Vaccination report Assam 1896-1927 - 1896-1927
Year: 1896
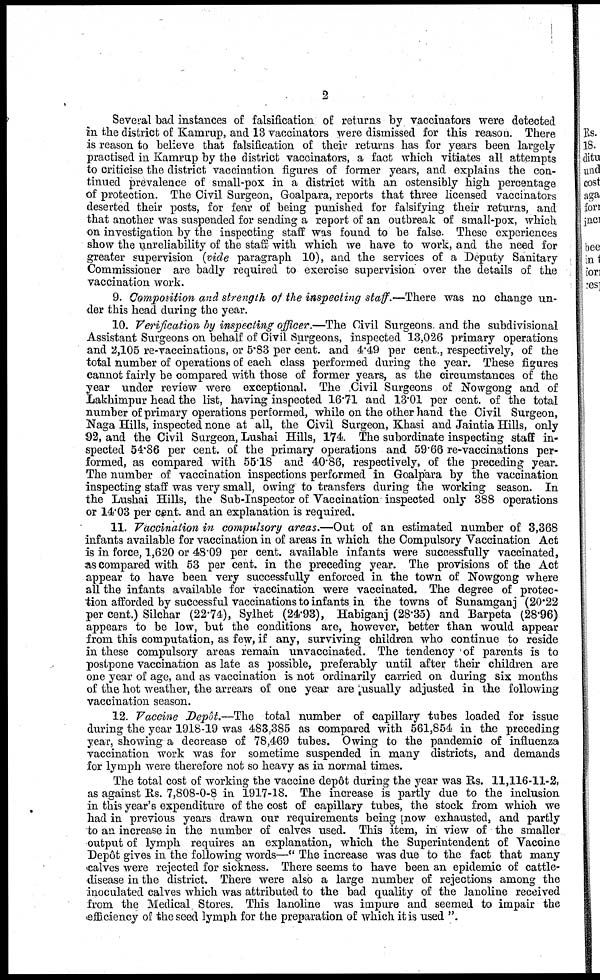
2
Several bad instances of falsification of returns by vaccinators were detected
in the district of Kamrup, and 13 vaccinators were dismissed for this reason. There
is reason to believe that falsification of their returns has for years been largely
practised in Kamrup by the district vaccinators, a fact which vitiates all attempts
to criticise the district vaccination figures of former years, and explains the con-
tinued prevalence of small-pox in a district with an ostensibly high percentage
of protection. The Civil Surgeon, Goalpara, reports that three licensed vaccinators
deserted their posts, for fear of being punished for falsifying their returns, and
that another was suspended for sending a report of an outbreak of small-pox, which
on investigation by the inspecting staff was found to be false. These experiences
show the unreliability of the staff with which we have to work, and the need for
greater supervision (vide paragraph 10), and the services of a Deputy Sanitary
Commissioner are badly required to exercise supervision over the details of the
vaccination work.
9. Composition and strength of the inspecting staff.—There was no change un-
der this head during the year.
10. Verification by inspecting officer.—The Civil Surgeons and the subdivisional
Assistant Surgeons on behalf of Civil Surgeons, inspected 13,026 primary operations
and 2,105 re-vaccinations, or 5.83 per cent. and 4.49 per cent., respectively, of the
total number of operations of each class performed during the year. These figures
cannot fairly be compared with those of former years, as the circumstances of the
year under review were exceptional. The Civil Surgeons of Nowgong and of
Lakhimpur head the list, having inspected 16.71 and 13.01 per cent. of the total
number of primary operations performed, while on the other hand the Civil Surgeon,
Naga Hills, inspected none at all, the Civil Surgeon, Khasi and Jaintia Hills, only
92, and the Civil Surgeon, Lushai Hills, 174. The subordinate inspecting staff in-
spected 54.86 per cent. of the primary operations and 59.66 re-vaccinations per-
formed, as compared with 55.18 and 40.86, respectively, of the preceding year.
The number of vaccination inspections performed in Goalpara by the vaccination
inspecting staff was very small, owing to transfers during the working season. In
the Lushai Hills, the Sub-Inspector of Vaccination inspected only 388 operations
or 14.03 per cent. and an explanation is required.
11. Vaccination in compulsory areas.—Out of an estimated number of 3,368
infants available for vaccination in of areas in which the Compulsory Vaccination Act
is in force, 1,620 or 48.09 per cent. available infants were successfully vaccinated,
as compared with 53 per cent. in the preceding year. The provisions of the Act
appear to have been very successfully enforced in the town of Nowgong where
all the infants available for vaccination were vaccinated. The degree of protec-
tion afforded by successful vaccinations to infants in the towns of Sunamganj (20.22
per cent.) Silchar (22.74), Sylhet (24.93), Habiganj (28.35) and Barpeta (28.96)
appears to be low, but the conditions are, however, better than would appear
from this computation, as few, if any, surviving children who continue to reside
in these compulsory areas remain unvaccinated. The tendency of parents is to
postpone vaccination as late as possible, preferably until after their children are
one year of age, and as vaccination is not ordinarily carried on during six months
of the hot weather, the arrears of one year are usually adjusted in the following
vaccination season.
12. Vaccine Depôt.—The total number of capillary tubes loaded for issue
during the year 1918-19 was 483,385 as compared with 561,854 in the preceding
year, showing a decrease of 78,469 tubes. Owing to the pandemic of influenza
vaccination work was for sometime suspended in many districts, and demands
for lymph were therefore not so heavy as in normal times.
The total cost of working the vaccine depôt during the year was Rs. 11,116-11-2,
as against Rs. 7,808-0-8 in 1917-18. The increase is partly due to the inclusion
in this year's expenditure of the cost of capillary tubes, the stock from which we
had in previous years drawn our requirements being now exhausted, and partly
to an increase in the number of calves used. This item, in view of the smaller
output of lymph requires an explanation, which the Superintendent of Vaccine
Depôt gives in the following words—" The increase was due to the fact that many
calves were rejected for sickness. There seems to have been an epidemic of cattle-
disease in the district. There were also a large number of rejections among the
inoculated calves which was attributed to the bad quality of the lanoline received
from the Medical, Stores. This lanoline was impure and seemed to impair the
efficiency of the seed lymph for the preparation of which it is used ".